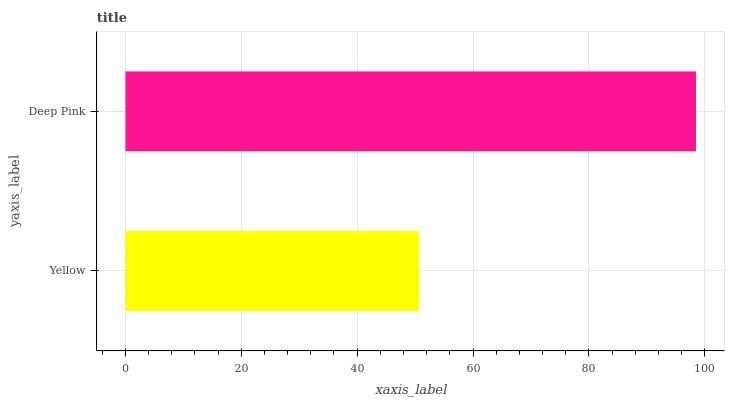
| yaxis_label | bars |
 | --- | --- |
 | Yellow | 50.7 |
 | Deep Pink | 98.5 |